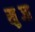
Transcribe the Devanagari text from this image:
खुब्जा